Annual administration report of the Civil Veterinary Department of India - 1895-1896
Year: 1895
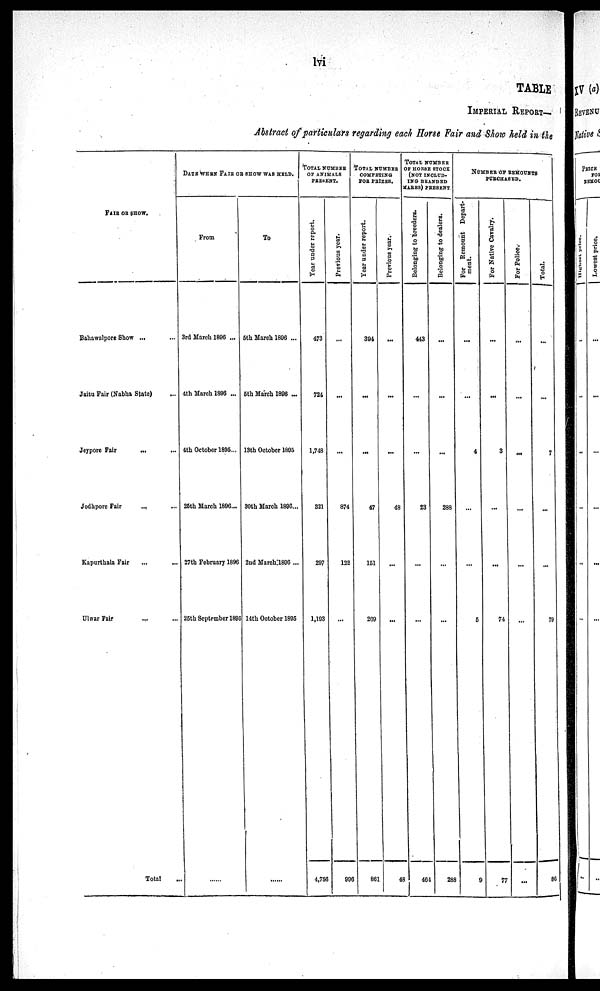
lvi
TABLE
IMPERIAL REPORT—
Abstract of particulars regarding each Horse Fair and Show held in the
FAIR OR SHOW.
Bahawalpore Show ...
Jaitu Fair (Nabha State) ...
Jeypore Fair
... ...
Jodhpore Fair
... ...
Kapurthala Fair ... ...
Ulwar Fair ... ...
Total ...
DATE WHEN FAIR OF SHOW WAS HELD.
From
3rd March 1896 ...
4th March 1896 ...
4th October 1895...
26th March 1896...
27th February 1896
25th September 1895
......
To
5th March 1896 ...
5th March 1896 ...
13th October 1895
30th March 1896...
2nd March 1896 ...
14th October 1895
......
TOTAL
NUMBER
OF ANIMALS
PRESENT.
Year under report.
473
724
1,748
321
297
1,193
4,756
Previous year.
...
...
...
874
122
...
996
TOTAL NUMBER
COMPETING
FOR PRIZES.
Year under report.
394
...
...
47
151
269
861
Previous year.
...
...
...
48
...
...
48
TOTAL NUMBER
OF HORSE STOCK
(NOT INCLUD¬ING BRANDED
MARES) PRESENT
Belonging to breeders.
443
...
...
23
...
...
464
Belonging to dealers.
...
...
...
288
...
...
288
NUMBER OF REMOUNTS
PURCHASED.
For Remount Depart-
ment.
...
...
4
...
...
5
9
For Native Cavalry.
...
...
3
...
...
74
77
For Police.
...
...
...
...
...
...
...
Total.
...
...
7
...
...
79
86